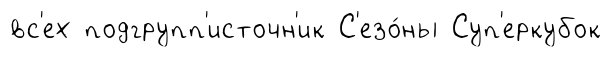
вс'ех подгрупп'источн'ик С'езо́ны Суп'еркубок